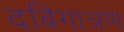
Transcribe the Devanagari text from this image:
दबिगात्रण